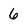
Character: 6